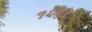
૧૨૬૮